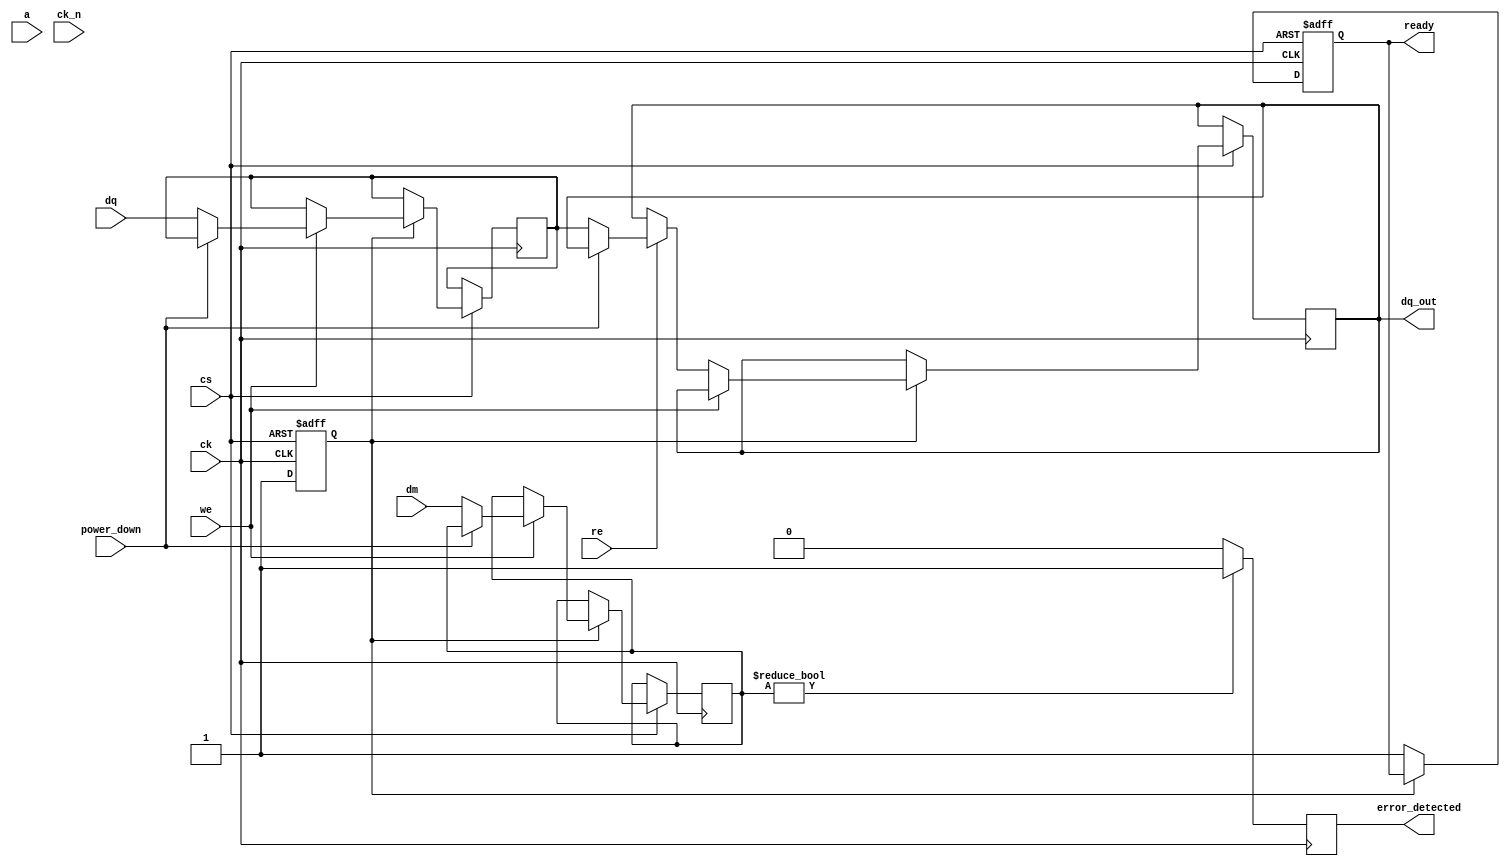
module gddr3_io_block (
    input wire [15:0] dq,        // Data Lines (DQ)
    input wire [1:0] dm,         // Data Mask (DM)
    input wire [12:0] a,         // Address Lines (A)
    input wire cs,               // Chip Select (CS)
    input wire ck,               // Clock (CK)
    input wire ck_n,             // Differential Clock (CK#)
    input wire we,               // Write Enable (WE)
    input wire re,               // Read Enable (RE)
    input wire power_down,       // Power Down Mode
    output reg [15:0] dq_out,    // Output Data Lines
    output reg ready,            // Ready signal
    output reg error_detected     // Error Detection Signal
);

// Internal signals
reg [15:0] data_buffer;
reg [12:0] address_buffer;
reg [1:0] dm_buffer;
reg initialized;

// Timing parameters
parameter SETUP_TIME = 2; // Example setup time in clock cycles
parameter HOLD_TIME = 1;   // Example hold time in clock cycles

// Initialization sequence
initial begin
    initialized = 0;
    ready = 0;
    error_detected = 0;
end

always @(posedge ck or negedge cs) begin
    if (!cs) begin
        // Chip Select is low, reset the state
        initialized <= 0;
        ready <= 0;
    end else if (initialized) begin
        // Normal operation
        if (we) begin
            // Write operation
            if (!power_down) begin
                data_buffer <= dq; // Capture data
                dm_buffer <= dm;   // Capture data mask
                // Additional write logic here
            end
        end else if (re) begin
            // Read operation
            if (!power_down) begin
                dq_out <= data_buffer; // Output data
                // Additional read logic here
            end
        end
    end else begin
        // Initialization sequence
        // Example: wait for a few clock cycles
        initialized <= 1;
        ready <= 1;
    end
end

// Error detection logic (simple example)
always @(posedge ck) begin
    if (dm_buffer != 2'b00) begin
        error_detected <= 1; // Error detected if DM is not zero
    end else begin
        error_detected <= 0;
    end
end

endmodule